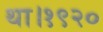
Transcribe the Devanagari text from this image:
था।१९२०